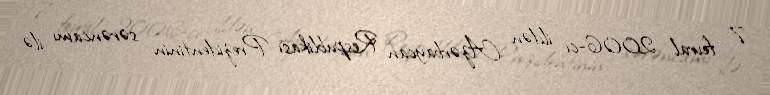
7 fevral 2006-cı ildən Azərbaycan Respublikası Prezidentinin sərəncamı ilə